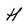
Character: H